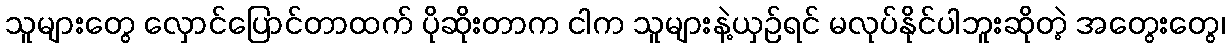
သူများတွေ လှောင်ပြောင်တာထက် ပိုဆိုးတာက ငါက သူများနဲ့ယှဉ်ရင် မလုပ်နိုင်ပါဘူးဆိုတဲ့ အတွေးတွေ၊